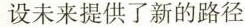
设未来提供了新的路径